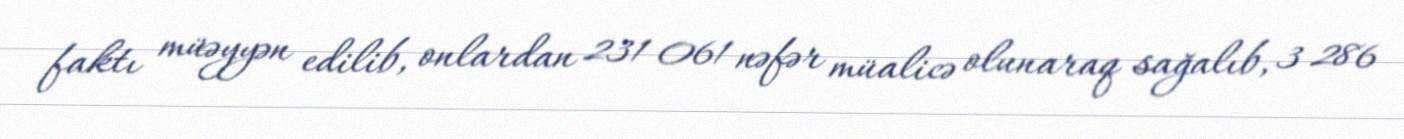
faktı müəyyən edilib, onlardan 231 061 nəfər müalicə olunaraq sağalıb, 3 286